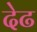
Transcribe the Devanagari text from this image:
देढ